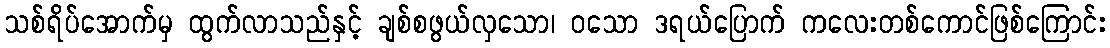
သစ်ရိပ်အောက်မှ ထွက်လာသည်နှင့် ချစ်စဖွယ်လှသော၊ ဝသော ဒရယ်ပြောက် ကလေးတစ်ကောင်ဖြစ်ကြောင်း